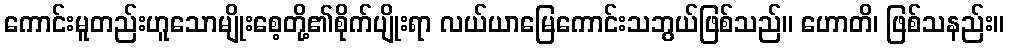
ကောင်းမူတည်းဟူသောမျိုးစေ့တို့၏စိုက်ပျိုးရာ လယ်ယာမြေကောင်းသဘွယ်ဖြစ်သည်။ ဟောတိ၊ ဖြစ်သနည်း။